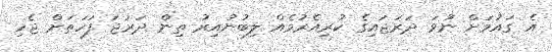
އެ ގައުމަށް ނުވަ ދަރަޖައިގެ ކުރިއެރުމެއް ލިބުނުއިރު ތިން ދަރަޖަ ފަހަތަށް ޖެހި